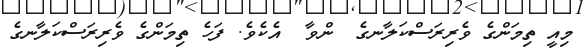
މިއީ ތިމަންގެ ވެރިރަސްކަލާނގެ  ންވާ  އެކެވެ. ފަހެ ތިމަންގެ ވެރިރަސްކަލާނގެ